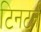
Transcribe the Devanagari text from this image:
टिनटर्न